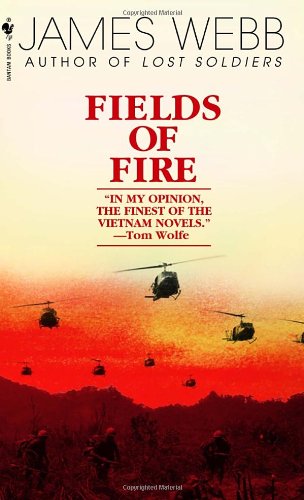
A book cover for Fields of Fire; James Webb; Literature & Fiction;